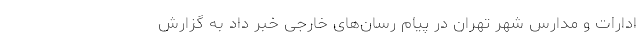
ادارات و مدارس شهر تهران در پیام رسان‌های خارجی خبر داد به گزارش